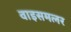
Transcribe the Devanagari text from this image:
वाइसमलर